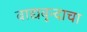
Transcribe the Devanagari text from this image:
वाद्यवृन्दाचा